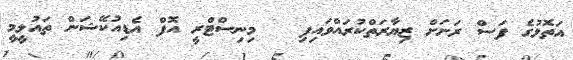
އަތޮޅުގެ ފަސް ރަށަށް ޒިޔާރަތްކުރައްވައިފި   މިނިސްޓްރީ އޮފް އެޑިއުކޭޝަން ތައުލީމީ